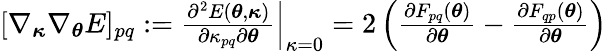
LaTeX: \begin{array}{r}{[\nabla_{{\boldsymbol{\kappa}}}\nabla_{\boldsymbol{\theta}}E]_{pq}:=\left.\frac{\partial^{2}E({\boldsymbol{\theta}},{\boldsymbol{\kappa}})}{\partial\kappa_{pq}\partial{\boldsymbol{\theta}}}\right|_{\kappa=0}=2\left(\frac{\partial F_{pq}({\boldsymbol{\theta}})}{\partial{\boldsymbol{\theta}}}-\frac{\partial F_{qp}({\boldsymbol{\theta}})}{\partial{\boldsymbol{\theta}}}\right)}\end{array}